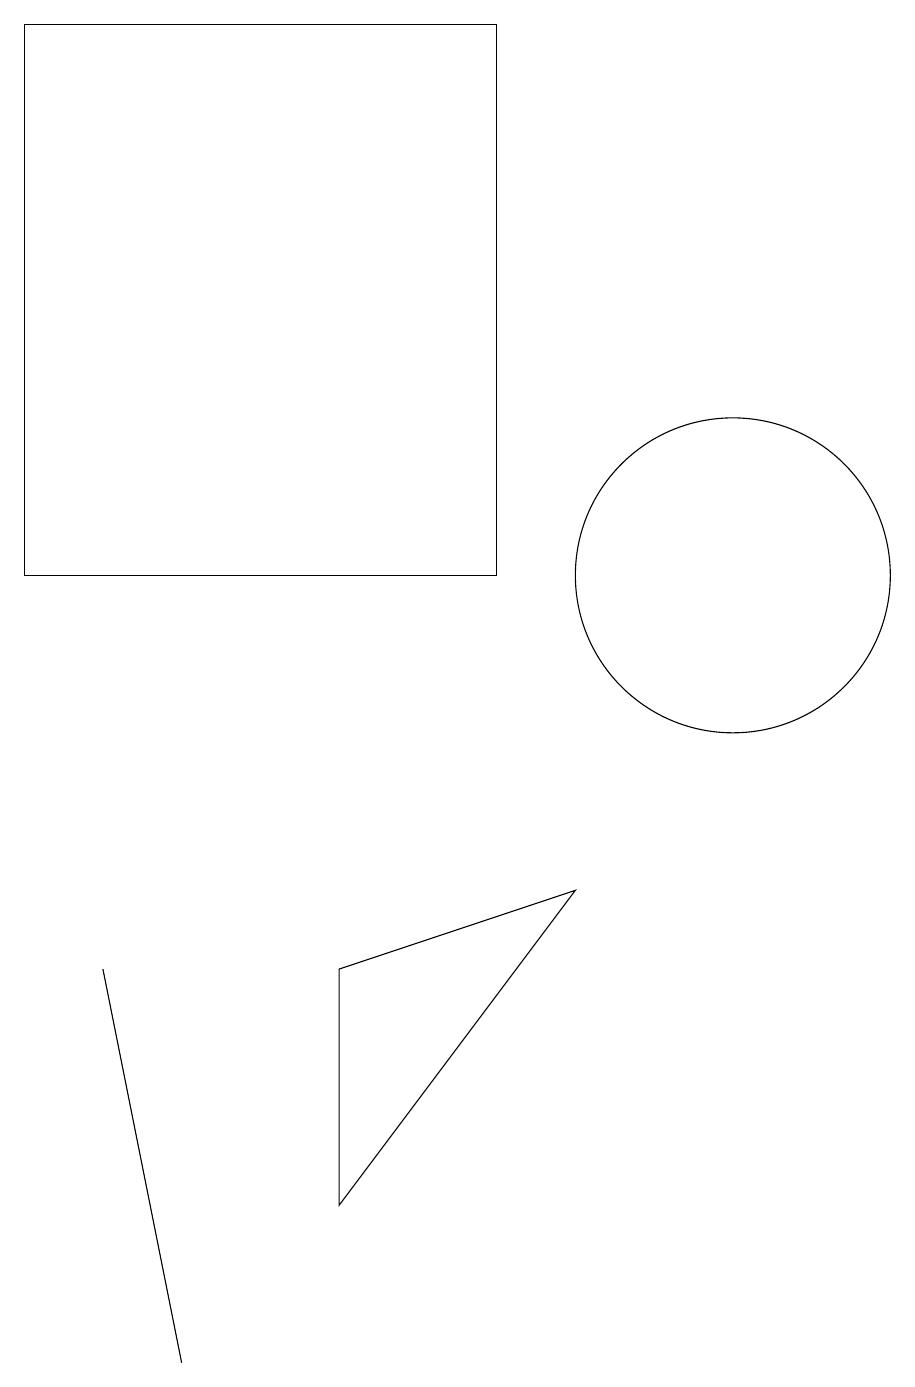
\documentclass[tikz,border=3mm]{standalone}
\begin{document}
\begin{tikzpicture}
\draw (7,11) rectangle (1,18);
\draw (10,11) circle (2);
\draw (2,6) -- (3,1) -- (3,1) -- cycle;
\draw (5,3) -- (5,6) -- (8,7) -- cycle;
\draw (11,11) circle (0);
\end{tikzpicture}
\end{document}